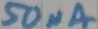
Text: 50µA